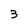
Character: 3